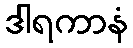
ဒါရကာနံ